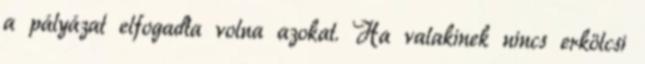
a pályázat elfogadta volna azokat. Ha valakinek nincs erkölcsi